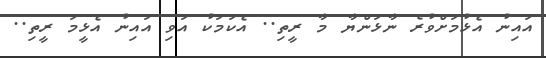
އައިނު އެޅުމަށްވުރެ ނާޅަންޔާ މާ ރީތި.. އެކަމަކު އަވި އައިނު އެޅީމަ ރީތި..